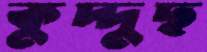
কুদ্দুছ